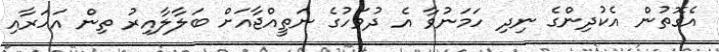
އެގޮތުން އެކުދިންގެ ނިދި ހަމަނުވާ އެ ދުވަހުގެ ނަތީއްޖާއަށް ބަލާލާއިރު ތިން އަހަރާއި